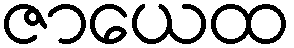
ဇာယေထ